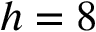
h = 8